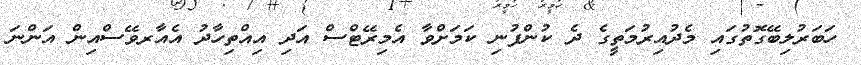
ހަބަަރުލިބޭގޮތުގައި މެދުއިރުމަތީގެ ދެ ކުންފުނި ކަމަށްވާ އެމިރޭޓްސް އަދި އިއްތިހާދު އެއާރވޭސްއިން އަންނަ